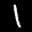
Label: 1